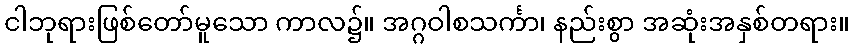
ငါဘုရားဖြစ်တော်မူသော ကာလ၌။ အဂ္ဂဝါစသင်္ကာ၊ နည်းစွာ အဆုံးအနှစ်တရား။